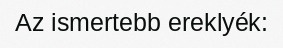
Az ismertebb ereklyék: